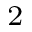
^ 2